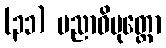
(၃၁) ပညာဝိမုတ္တော